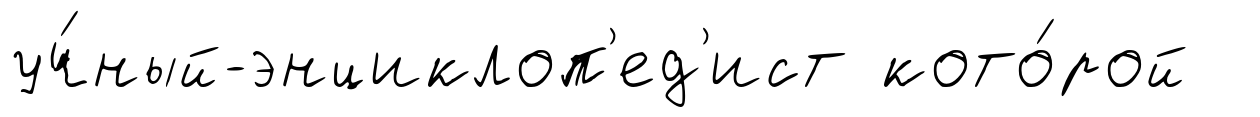
уч́ный-энциклоп'ед'ист кото́рой